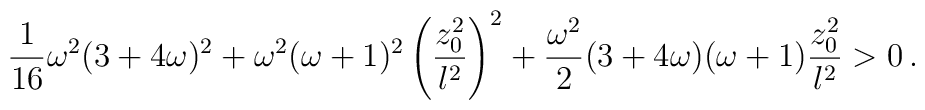
{1\over {16}} \omega^2 (3+4\omega)^2 + \omega^2 (\omega+1)^2\left({{z_0 ^2}\over l^2} \right)^2 + {\omega^2 \over 2} (3+4\omega)(\omega+1) {{z_0 ^2}\over l^2} >0 \, .